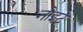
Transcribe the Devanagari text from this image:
नोइटे